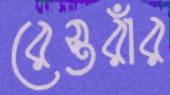
রেস্তরাঁর